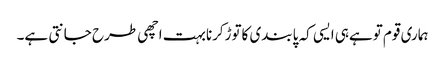
ہماری قوم توہےہی ایسی کہ پابندی کاتوڑکرنابہت اچھی طرح جانتی ہے۔